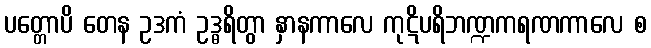
ပတ္တောပိ တေန ဥဒကံ ဥဒ္ဓရိတွာ နှာနကာလေ ကုဋိပရိဘဏ္ဍကရဏကာလေ စ